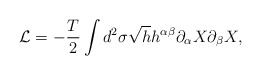
\begin{align*}{\cal L} = - \frac {T}{2} \int d^2 \sigma \sqrt{h} h^{\alpha\beta} \partial_{\alpha} X \partial_{\beta} X,\end{align*}